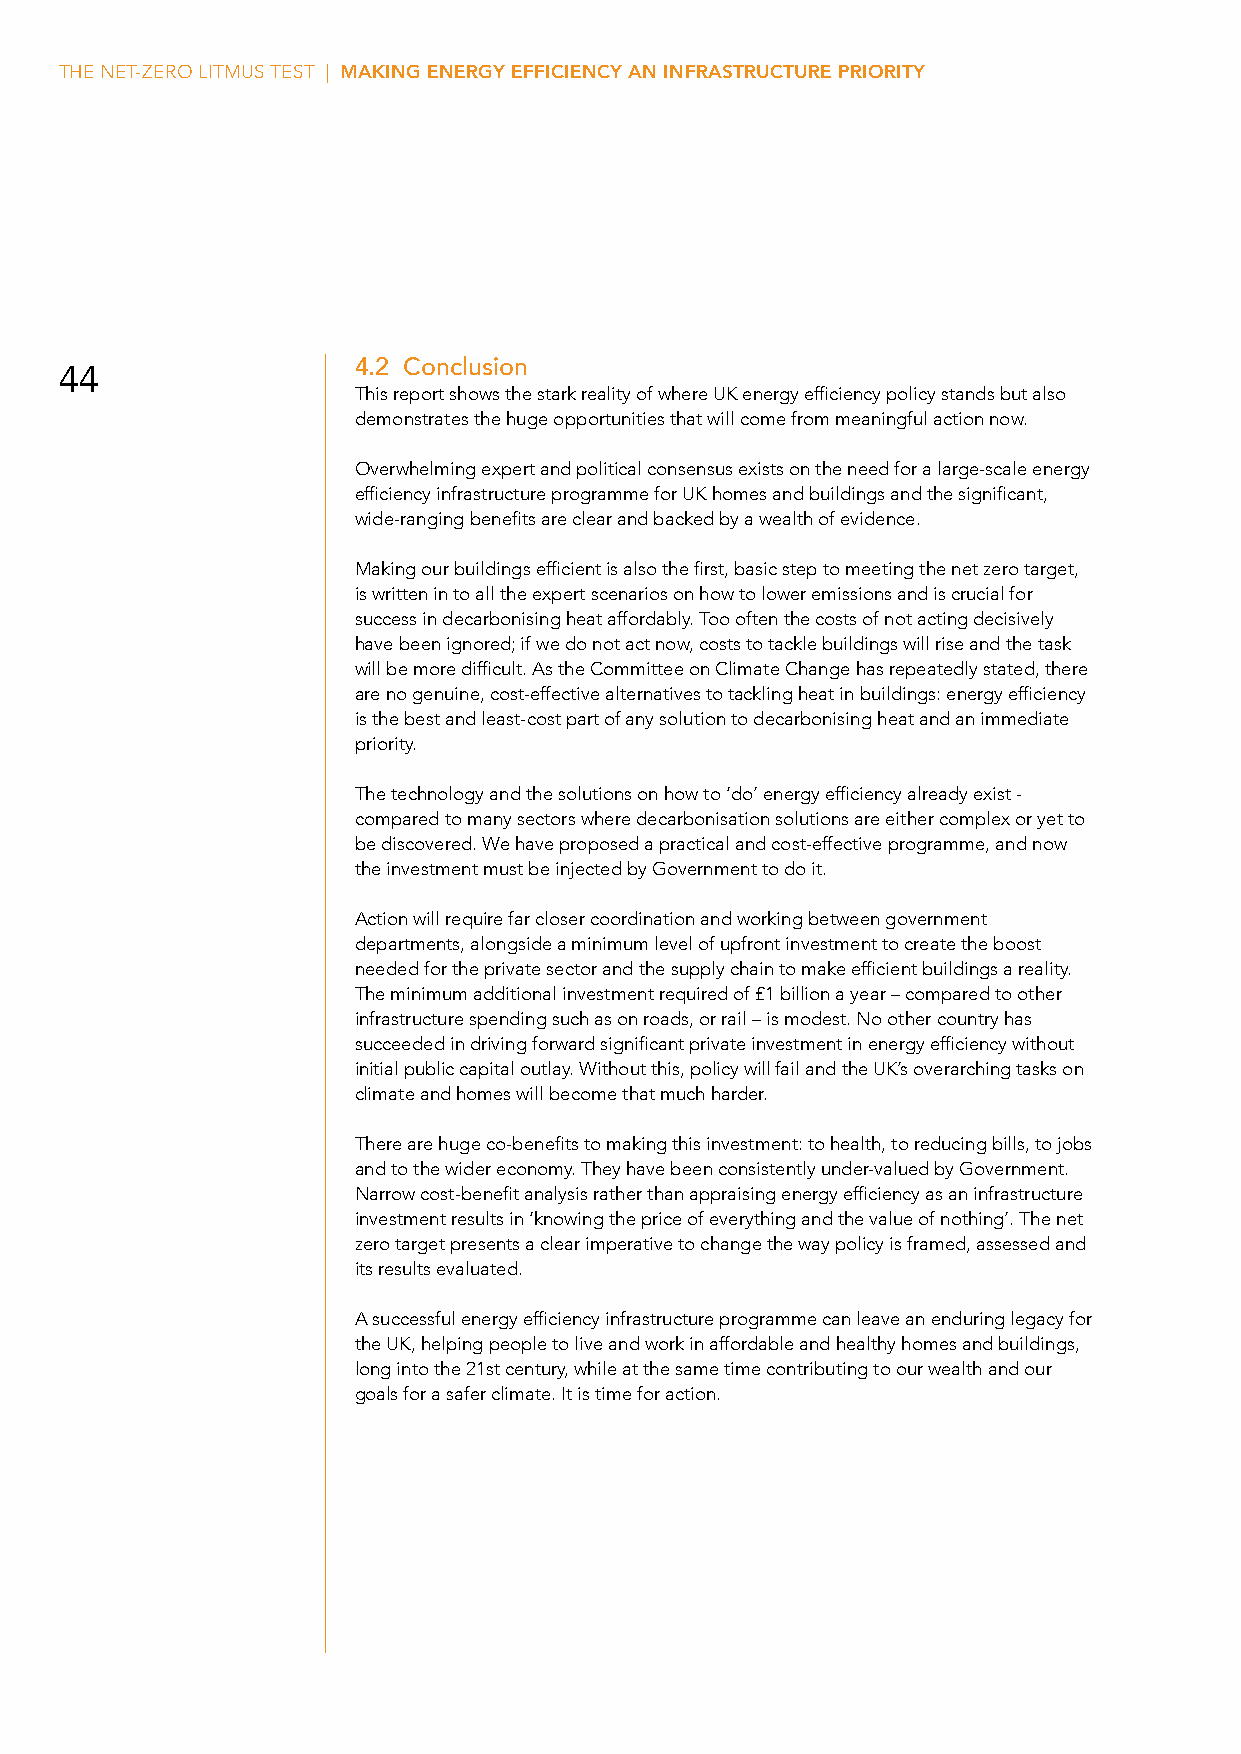
THE NET-ZERO LITMUS TEST | MAKING ENERGY EFFICIENCY AN INFRASTRUCTURE PRIORITY
 44                 4.2 Conclusion
 This report shows the stark reality of where UK energy efficiency policy stands but also
 demonstrates the huge opportunities that will come from meaningful action now.
 Overwhelming expert and political consensus exists on the need for a large-scale energy
 efficiency infrastructure programme for UK homes and buildings and the significant,
 wide-ranging benefits are clear and backed by a wealth of evidence.
 Making our buildings efficient is also the first, basic step to meeting the net zero target,
 is written in to all the expert scenarios on how to lower emissions and is crucial for
 success in decarbonising heat affordably. Too often the costs of not acting decisively
 have been ignored; if we do not act now, costs to tackle buildings will rise and the task
 will be more difficult. As the Committee on Climate Change has repeatedly stated, there
 are no genuine, cost-effective alternatives to tackling heat in buildings: energy efficiency
 is the best and least-cost part of any solution to decarbonising heat and an immediate
 priority.
 The technology and the solutions on how to ‘do’ energy efficiency already exist -
 compared to many sectors where decarbonisation solutions are either complex or yet to
 be discovered. We have proposed a practical and cost-effective programme, and now
 the investment must be injected by Government to do it.
 Action will require far closer coordination and working between government
 departments, alongside a minimum level of upfront investment to create the boost
 needed for the private sector and the supply chain to make efficient buildings a reality.
 The minimum additional investment required of £1 billion a year – compared to other
 infrastructure spending such as on roads, or rail – is modest. No other country has
 succeeded in driving forward significant private investment in energy efficiency without
 initial public capital outlay. Without this, policy will fail and the UK’s overarching tasks on
 climate and homes will become that much harder.
 There are huge co-benefits to making this investment: to health, to reducing bills, to jobs
 and to the wider economy. They have been consistently under-valued by Government.
 Narrow cost-benefit analysis rather than appraising energy efficiency as an infrastructure
 investment results in ‘knowing the price of everything and the value of nothing’. The net
 zero target presents a clear imperative to change the way policy is framed, assessed and
 its results evaluated.
 A successful energy efficiency infrastructure programme can leave an enduring legacy for
 the UK, helping people to live and work in affordable and healthy homes and buildings,
 long into the 21st century, while at the same time contributing to our wealth and our
 goals for a safer climate. It is time for action.